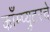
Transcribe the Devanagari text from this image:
काँम्प्युटरचे